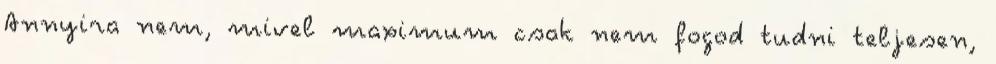
Annyira nem, mivel maximum csak nem fogod tudni teljesen,